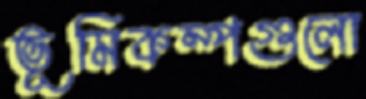
ভূমিকম্পগুলো